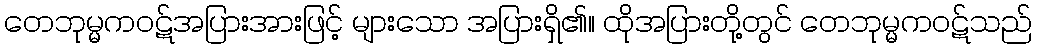
တေဘုမ္မကဝဋ်အပြားအားဖြင့် များသော အပြားရှိ၏။ ထိုအပြားတို့တွင် တေဘုမ္မကဝဋ်သည်